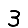
Digit: 3